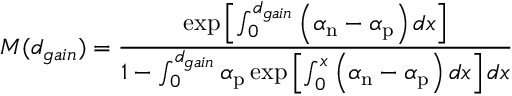
M ( d _ { g a i n } ) = \frac { \exp \left[ \int _ { 0 } ^ { d _ { g a i n } } \left( \alpha _ { \mathrm { n } } - \alpha _ { \mathrm { p } } \right) d x \right] } { 1 - \int _ { 0 } ^ { d _ { g a i n } } \alpha _ { \mathrm { p } } \exp \left[ \int _ { 0 } ^ { x } \left( \alpha _ { \mathrm { n } } - \alpha _ { \mathrm { p } } \right) d x \right] d x }